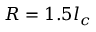
R = 1 . 5 l _ { c }